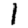
Digit: 1